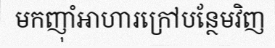
មកញ៉ាំអាហារក្រៅបន្ថែមវិញ